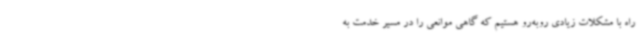
راه با مشکلات زیادی روبه‌رو هستیم که گاهی موانعی را در مسیر خدمت به